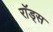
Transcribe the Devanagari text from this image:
राॅड्स